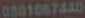
0801067440